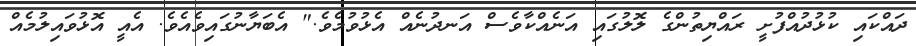
ދައްކައި ކުޅުދުއްފުށީ ރައްޔިތުންގެ ލޮލުގައި އަނެއްކާވެސް އަނދުނެއް އެޅުވުމެވެ." އެބަޔާނުގައިވެއެވެ. އެއީ އޮޅުވައިލުމެއް